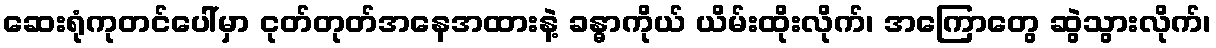
ဆေးရုံကုတင်ပေါ်မှာ ငုတ်တုတ်အနေအထားနဲ့ ခန္ဓာကိုယ် ယိမ်းထိုးလိုက်၊ အကြောတွေ ဆွဲသွားလိုက်၊